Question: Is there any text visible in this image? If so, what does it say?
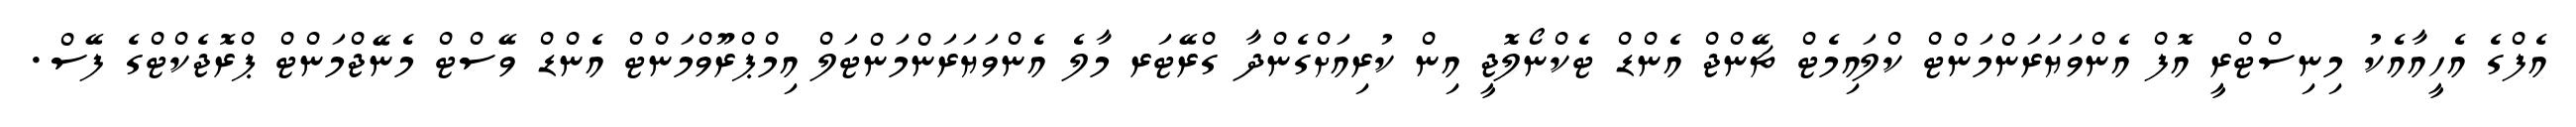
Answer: އެފްގެ އެހީއާއެކު މިނިސްޓްރީ އޮފް އެންވަޔަރަންމަންޓް ކްލައިމެޓް ޗޭންޖް އެންޑް ޓެކްނޯލޮޖީ އިން ކުރިއަށްގެންދާ ގްރޭޓަރ މާލެ އެންވަޔަރަންމަންޓަލް އިމްޕްރޫވްމަންޓް އެންޑް ވޭސްޓް މެނޭޖްމަންޓް ޕްރޮޖެކްޓްގެ ފޭސް.